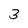
Character: 3